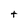
Character: t